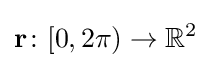
\mathbf {r} \colon [0,2\pi )\to \mathbb {R} ^{2}